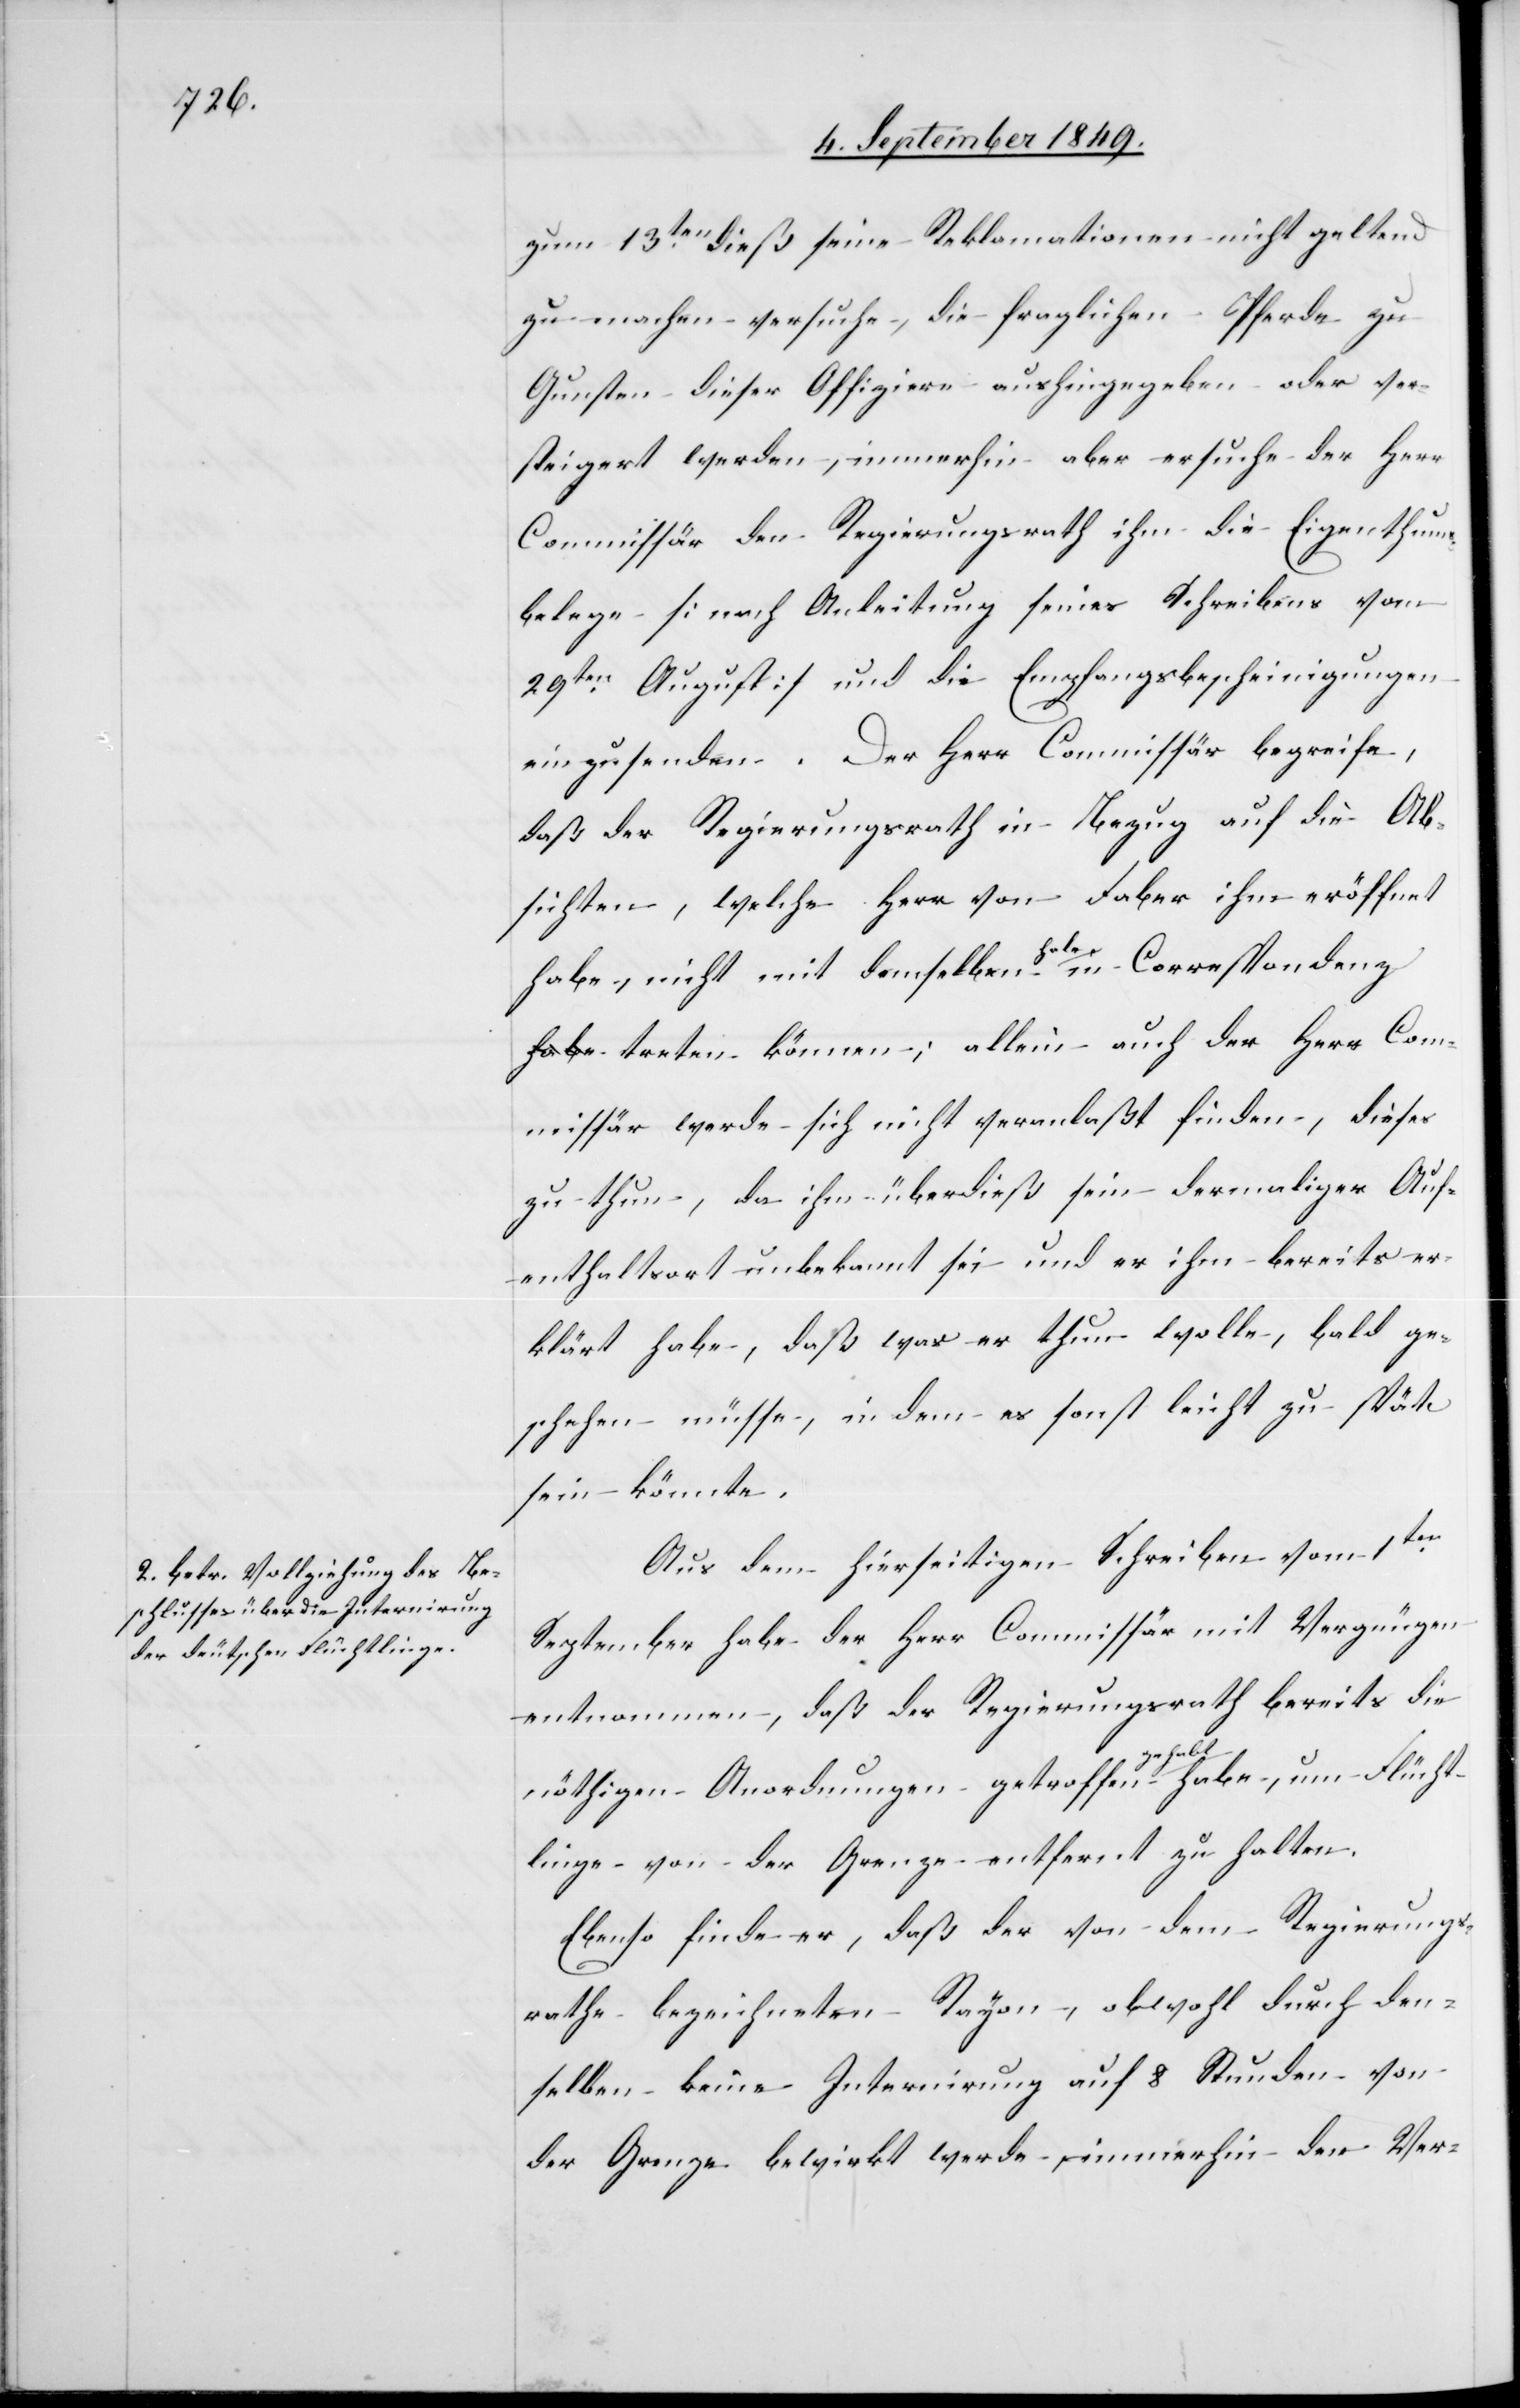
6t September 1849.]
zum 13ten dieß seine Reklamationen nicht geltend
zu machen versuche, die fraglichen Pferde zu
Gunsten dieser Offiziere aushingegeben oder ver¬
steigert werden, immerhin aber ersuche der Herr
Commissär den Regierungsrath ihm die Eigenthums¬
belege [nach Anleitung seines Schreibens vom
29ten August] und die Empfangsbescheinigungen
einzusenden. Der Herr Commissär begreife,
daß der Regierungsrath in Bezug auf die Ab¬
sichten, welche Herr von Faber ihm eröffnet
habe, nicht mit demselben habe in Correspondenz
treten können; allein auch der Herr Com¬
missär werde sich nicht veranlaßt finden, dieses
zu thun, da ihm überdieß sein dermaliger Auf¬
enthaltsort unbekannt sei und er ihm bereits er¬
klärt habe, daß was er thun wolle, bald ge¬
schehen müsse, in dem es sonst leicht zu spät
sein könnte.
Aus dem hierseitigen Schreiben vom 1ten
September habe der Herr Commissär mit Vergnügen
entnommen, daß der Regierungsrath bereits die
nöthigen Anordnungen getroffen gehabt habe, um Flücht¬
linge von der Grenze entfernt zu halten.
Ebenso finde er, daß der von dem Regierungs¬
rathe bezeichneten Rayon, obwohl durch den¬
selben keine Internirung auf 8 Stunden von
der Grenze bewirkt werde, immerhin den Ver-